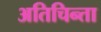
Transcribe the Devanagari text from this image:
अतिचिन्ता